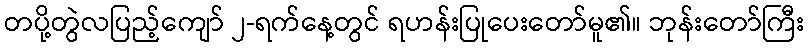
တပို့တွဲလပြည့်ကျော် ၂-ရက်နေ့တွင် ရဟန်းပြုပေးတော်မူ၏။ ဘုန်းတော်ကြီး